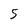
Character: 5